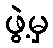
ဖွဲ့မှ